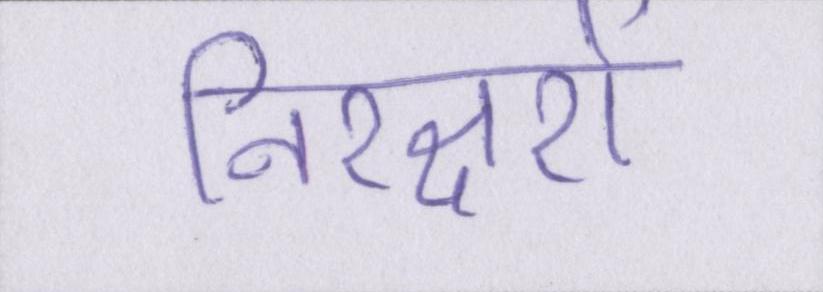
निरक्षरों